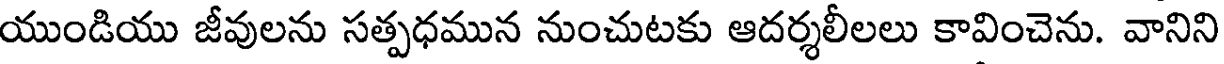
యుండియు జీవులను సత్పధమున నుంచుటకు ఆదర్శలీలలు కావించెను. వానిని